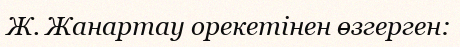
Ж. Жанартау орекетінен өзгерген: